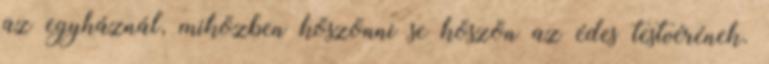
az egyháznál, miközben köszönni se köszön az édes testvérének.